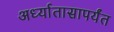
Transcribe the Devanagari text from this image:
अर्ध्यातासापर्यंत